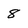
Character: 8